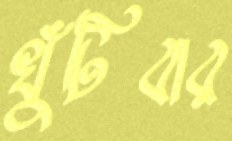
খুঁটিবার